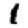
Digit: 1